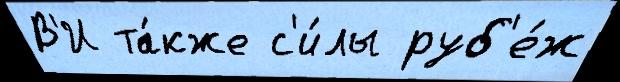
В'И та́кже с'и́лы руб'е́ж